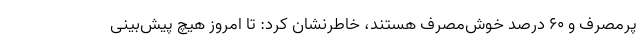
پرمصرف و ۶۰ درصد خوش‌مصرف هستند، خاطرنشان کرد: تا امروز هیچ پیش‌بینی